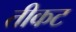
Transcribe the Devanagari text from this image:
तीकट